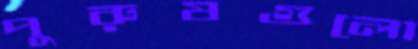
পুরুষগুলো